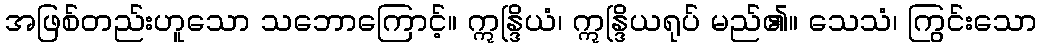
အဖြစ်တည်းဟူသော သဘောကြောင့်။ ဣန္ဒြိယံ၊ ဣန္ဒြိယရုပ် မည်၏။ သေသံ၊ ကြွင်းသော